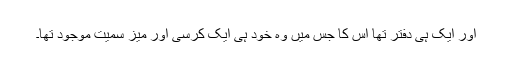
اور ایک ہی دفتر تھا اس کا جس میں وہ خود ہی ایک کرسی اور میز سمیت موجود تھا۔